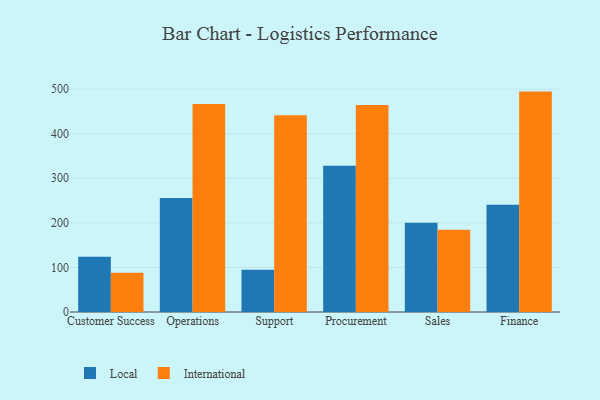
{"axis": {"x": "Department", "y": "Churn Rate (%)"}, "legend": ["International", "Local"], "data": [{"x": "Customer Success", "y": 124.2, "type": "Local"}, {"x": "Customer Success", "y": 88.0, "type": "International"}, {"x": "Operations", "y": 255.5, "type": "Local"}, {"x": "Operations", "y": 466.7, "type": "International"}, {"x": "Support", "y": 94.8, "type": "Local"}, {"x": "Support", "y": 441.5, "type": "International"}, {"x": "Procurement", "y": 327.9, "type": "Local"}, {"x": "Procurement", "y": 464.7, "type": "International"}, {"x": "Sales", "y": 200.3, "type": "Local"}, {"x": "Sales", "y": 184.7, "type": "International"}, {"x": "Finance", "y": 240.9, "type": "Local"}, {"x": "Finance", "y": 494.5, "type": "International"}]}